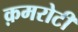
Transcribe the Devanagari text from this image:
क़मरोटी